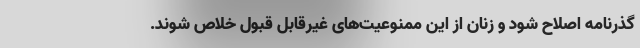
گذرنامه اصلاح شود و زنان از این ممنوعیت‌های غیرقابل قبول خلاص شوند.